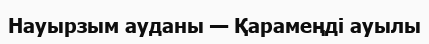
Науырзым ауданы — Қарамеңді ауылы